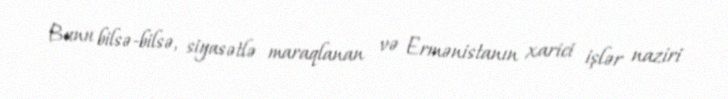
Bunu bilsə-bilsə, siyasətlə maraqlanan və Ermənistanın xarici işlər naziri